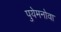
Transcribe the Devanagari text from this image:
पुयेमनोवा